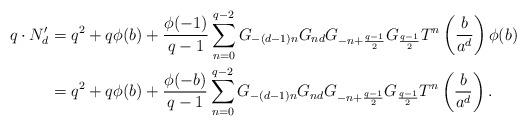
LaTeX: \begin{align*}q\cdot N_{d}^{\prime}&=q^2+q\phi(b)+\frac{\phi(-1)}{q-1}\sum_{n=0}^{q-2}G_{-(d-1)n}G_{nd}G_{-n+\frac{q-1}{2}}G_{\frac{q-1}{2}}T^n\left(\frac{b}{a^d}\right)\phi(b)\\&=q^2+q\phi(b)+\frac{\phi(-b)}{q-1}\sum_{n=0}^{q-2}G_{-(d-1)n}G_{nd}G_{-n+\frac{q-1}{2}}G_{\frac{q-1}{2}}T^n\left(\frac{b}{a^d}\right).\end{align*}